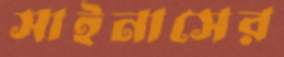
সাইনাসের